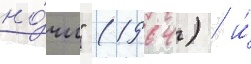
но́чи" (1964) / и́